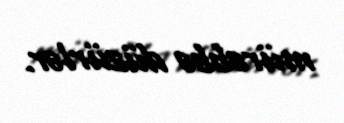
mürəbbə düzürlər.